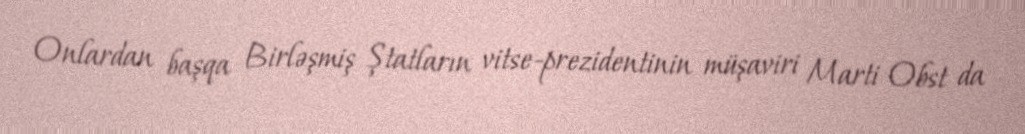
Onlardan başqa Birləşmiş Ştatların vitse-prezidentinin müşaviri Marti Obst da